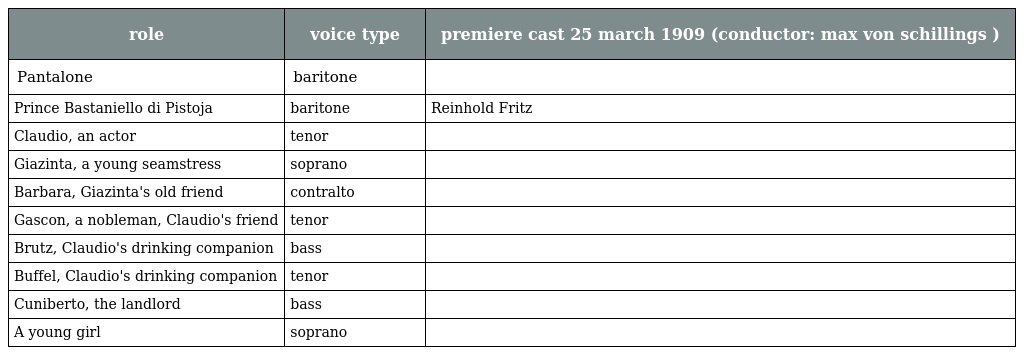
| role | voice type | premiere cast 25 march 1909 (conductor: max von schillings ) |
 | --- | --- | --- |
 | Pantalone | baritone |  |
 | Prince Bastaniello di Pistoja | baritone | Reinhold Fritz |
 | Claudio, an actor | tenor |  |
 | Giazinta, a young seamstress | soprano |  |
 | Barbara, Giazinta's old friend | contralto |  |
 | Gascon, a nobleman, Claudio's friend | tenor |  |
 | Brutz, Claudio's drinking companion | bass |  |
 | Buffel, Claudio's drinking companion | tenor |  |
 | Cuniberto, the landlord | bass |  |
 | A young girl | soprano |  |